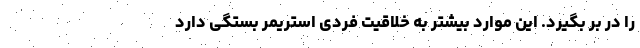
را در بر بگیرد. این موارد بیشتر به خلاقیت فردی استریمر بستگی دارد